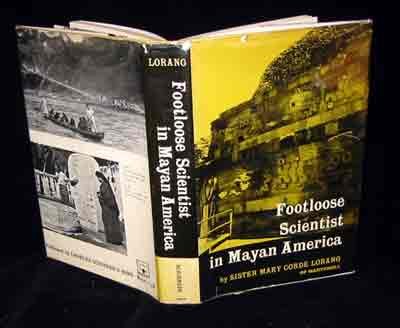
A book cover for Footloose scientist in Mayan America; Mary Corde Lorang; Travel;